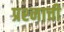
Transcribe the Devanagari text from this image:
प्रश्‍नाची